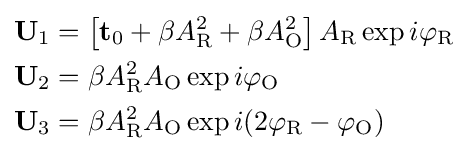
{\begin{aligned}\mathbf {U} _{1}&=\left[\mathbf {t} _{0}+\beta A_{\text{R}}^{2}+\beta A_{\text{O}}^{2}\right]A_{\text{R}}\exp {i\varphi _{\text{R}}}\\\mathbf {U} _{2}&=\beta A_{\text{R}}^{2}A_{\text{O}}\exp i\varphi _{\text{O}}\\\mathbf {U} _{3}&=\beta A_{\text{R}}^{2}A_{\text{O}}\exp {i(2\varphi _{\text{R}}-\varphi _{\text{O}})}\end{aligned}}